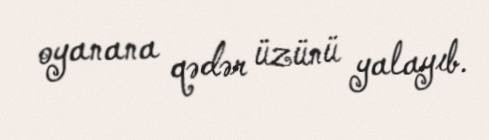
oyanana qədər üzünü yalayıb.